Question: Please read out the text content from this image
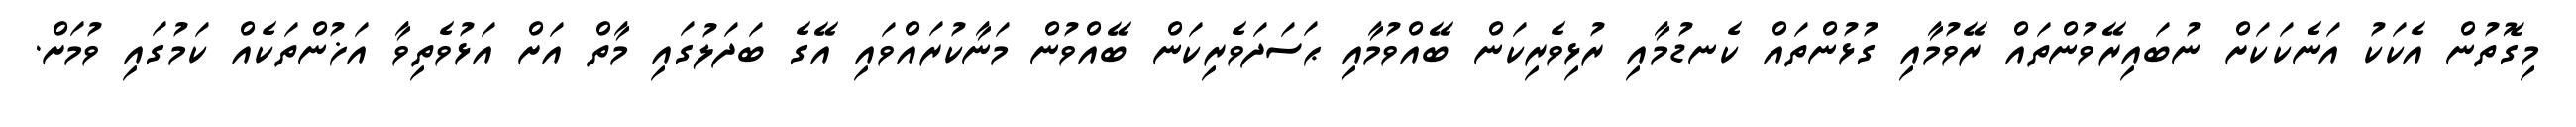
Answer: މިގޮތުން އެކަކު އަނެކަކަށް ނުބައިރޭވުންތައް ރޭވުމާއި ގުޅުންތައް ކެނޑުމާއި ރުޅިވެރިކަން ބޭއްވުމާއި ޙަސަދަވެރިކަން ބޭއްވުން މަނާކުރައްވައި އޭގެ ބަދަލުގައި މާތް އަށް އަޅުވެތިވާ އަޚުންތަކެއް ކަމުގައި ވުމަށް.